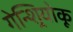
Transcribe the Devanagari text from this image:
गेन्शिर्‍योकू